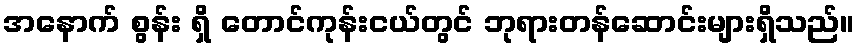
အနောက် စွန်း ရှိ တောင်ကုန်းငယ်တွင် ဘုရားတန်ဆောင်းများရှိသည်။